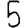
Digit: 5